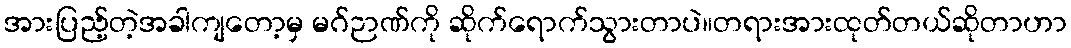
အားပြည့်တဲ့အခါကျတော့မှ မဂ်ဉာဏ်ကို ဆိုက်ရောက်သွားတာပဲ။တရားအားထုတ်တယ်ဆိုတာဟာ